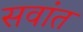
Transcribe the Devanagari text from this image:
सवांत